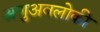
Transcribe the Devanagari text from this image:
अणुअवलोकी